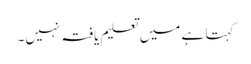
کہتا ہے میں تعلیم یافتہ نہیں۔